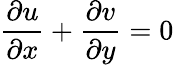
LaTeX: \frac{\partial u}{\partial x}+\frac{\partial v}{\partial y}=0